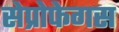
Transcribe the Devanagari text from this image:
सेप्रोफेगस